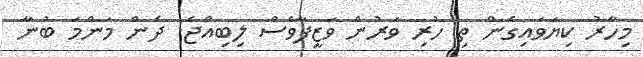
މިހާރު ކިޔަވައިގެން ތި ހުރި ވަރުން ވަޒީފާވެސް ލިބިއްޖެ. ދެން މަންމަ ބުނާ